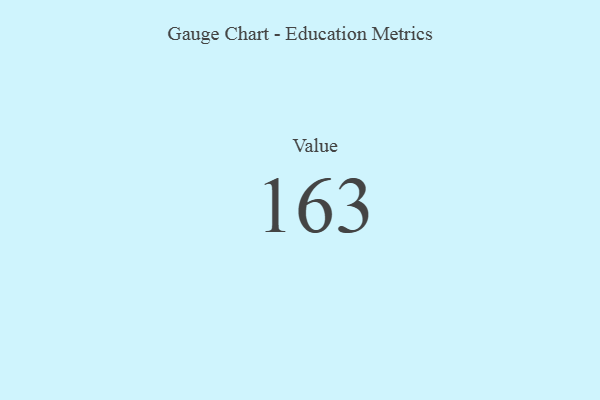
{"axis": {"x": "Metric", "y": "Value"}, "legend": [""], "data": [{"x": "Value", "y": 163, "type": ""}]}